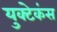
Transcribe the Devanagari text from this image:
युक्टेकंस